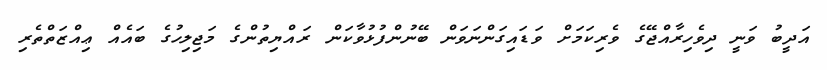
އަދީބު ވަނީ ދިވެހިރާއްޖޭގެ ވެރިކަމަށް ވަޑައިގަންނަވަން ބޭނުންފުޅުވާކަން ރައްޔިތުންގެ މަޖިލިހުގެ ބައެއް ޢިއްޒަތްތެރި